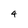
Character: 4